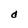
Character: d